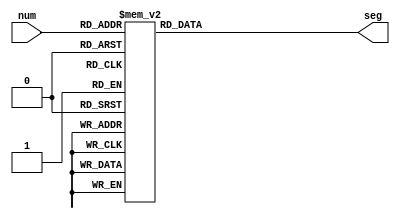
`timescale 1ns / 1ps
//////////////////////////////////////////////////////////////////////////////////
// Company: 
// Engineer: 
// 
// Design Name: 
// Module Name: zhSeven
// Project Name: 
// Target Devices: 
// Tool Versions: 
// Description: 
// 
// Dependencies: 
// 
// Revision:
// Revision 0.01 - File Created
// Additional Comments:
// 
//////////////////////////////////////////////////////////////////////////////////


module zhSeven(input [3:0] num, 
output reg [7:0] seg 
    );
    
    parameter [7:0] zero = 8'b11000000;
        parameter [7:0] one = 8'b11111001; //1 2
        parameter [7:0] two = 8'b10100100; //01346
        parameter [7:0] three = 8'b10110000; //01236
        parameter [7:0] four = 8'b10011001; //1256
        parameter [7:0] five = 8'b10010010; 
        parameter [7:0] six = 8'b10000010; //023456
        parameter [7:0] seven = 8'b11111000; //012
        parameter [7:0] eight = 8'b10000000;
        parameter [7:0] nine = 8'b10010000;

//active low logic 
always @ (*)
   case (num) 
		0: seg = zero;
		1: seg = one;
		2: seg = two;
		3: seg = three;
		4: seg = four;
		5: seg = five;
		6: seg = six;
		7: seg = seven;
		8: seg = eight;
		9: seg = nine;
      default: seg = 8'b10000001; 
   endcase	
    
endmodule